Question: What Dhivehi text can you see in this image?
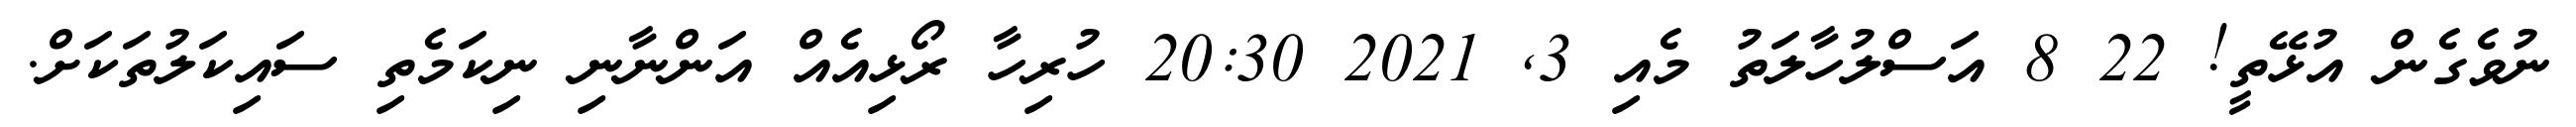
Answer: ނުވެގެން އުޅޭތީ! 22 8 އަސްލުހާލަތު މެއި 3, 2021 20:30 ހުރިހާ ރޯޅިއެއް އަންނާނި ނިކަމެތި ސައިކަލުތަކަށް.